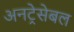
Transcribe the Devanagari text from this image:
अनट्रेसेबल